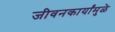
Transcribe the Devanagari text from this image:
जीवनकार्यांमुळे